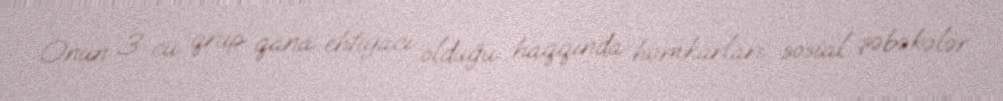
Onun 3-cü qrup qana ehtiyacı olduğu haqqında həmkarları sosial şəbəkələr